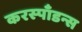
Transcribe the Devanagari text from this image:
करस्‍पाँडन्स